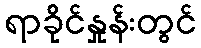
ရာခိုင်နှုန်းတွင်